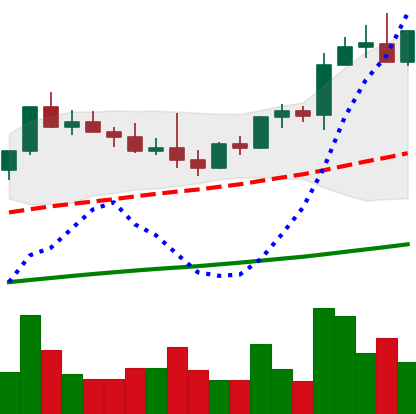
Ticker: NEO-USD
Chart end date: 2021-04-04
Forward return: 11.198%
Label: up_7plus